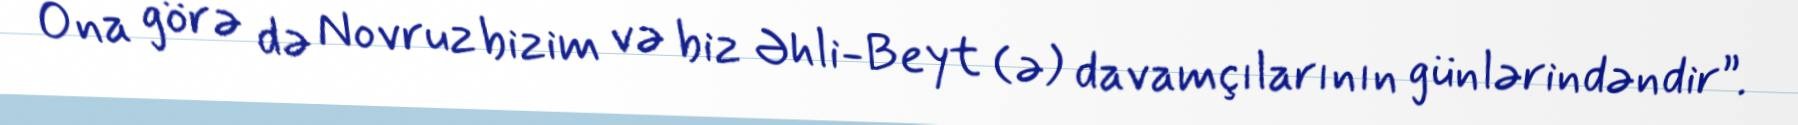
Ona görə də Novruz bizim və biz Əhli-Beyt (ə) davamçılarının günlərindəndir”.